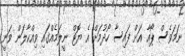
ނަމަވެސް ޕޯއާ އަށް ފައިސާ ހޯދުމަށް އެ ޔޮޓް ނީލަމެއްގައި ވިއްކާލަން ވަނީ